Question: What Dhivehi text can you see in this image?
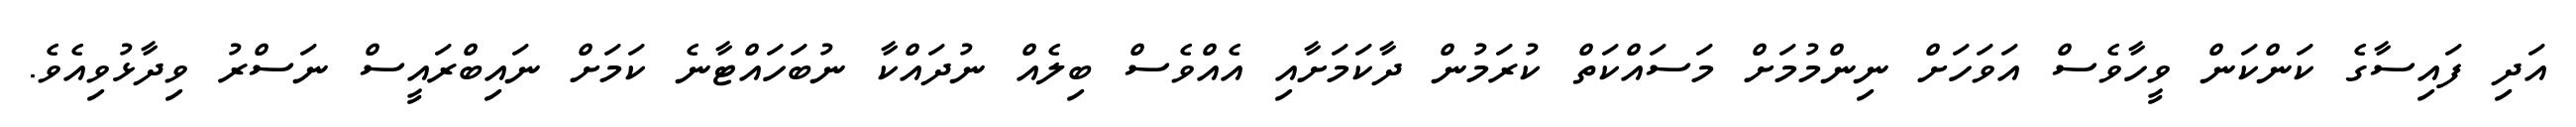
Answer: އަދި ފައިސާގެ ކަންކަން ވީހާވެސް އަވަހަށް ނިންމުމަށް މަސައްކަތް ކުރަމުން ދާކަމަށާއި އެއްވެސް ބިލެއް ނުދައްކާ ނުބަހައްޓާނެ ކަމަށް ނައިބްރައީސް ނަސްރު ވިދާޅުވިއެވެ.